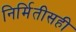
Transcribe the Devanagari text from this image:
निर्मितीसही